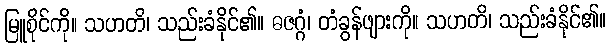
မြူစိုင်ကို။ သဟတိ၊ သည်းခံနိုင်၏။ ဓဇဂ္ဂံ၊ တံခွန်ဖျားကို။ သဟတိ၊ သည်းခံနိုင်၏။